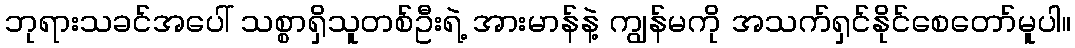
ဘုရားသခင်အပေါ် သစ္စာရှိသူတစ်ဦးရဲ့ အားမာန်နဲ့ ကျွန်မကို အသက်ရှင်နိုင်စေတော်မူပါ။